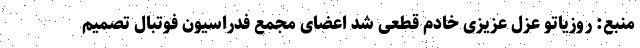
منبع: روزیاتو عزل عزیزی خادم قطعی شد اعضای مجمع فدراسیون فوتبال تصمیم